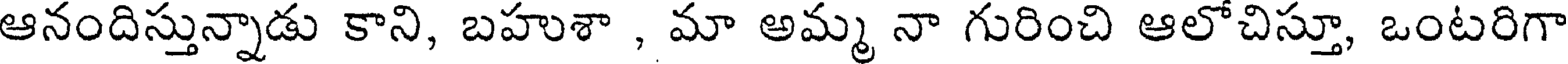
ఆనందిస్తున్నాడు కాని, బహుశా , మా అమ్మ నా గురించి ఆలోచిస్తూ, ఒంటరిగా